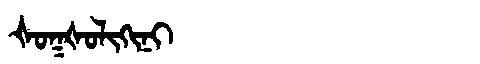
Manchu: ᡧᠣᡴᡧᠣᠯᡳᡴᡳᠨᡳ
Romanization: ŠOKŠOLIKINI